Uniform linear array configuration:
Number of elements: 16
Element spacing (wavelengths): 1
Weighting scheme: hann
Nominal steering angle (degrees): -15
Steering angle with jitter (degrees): -16.172
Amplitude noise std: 0.05
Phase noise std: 0.05

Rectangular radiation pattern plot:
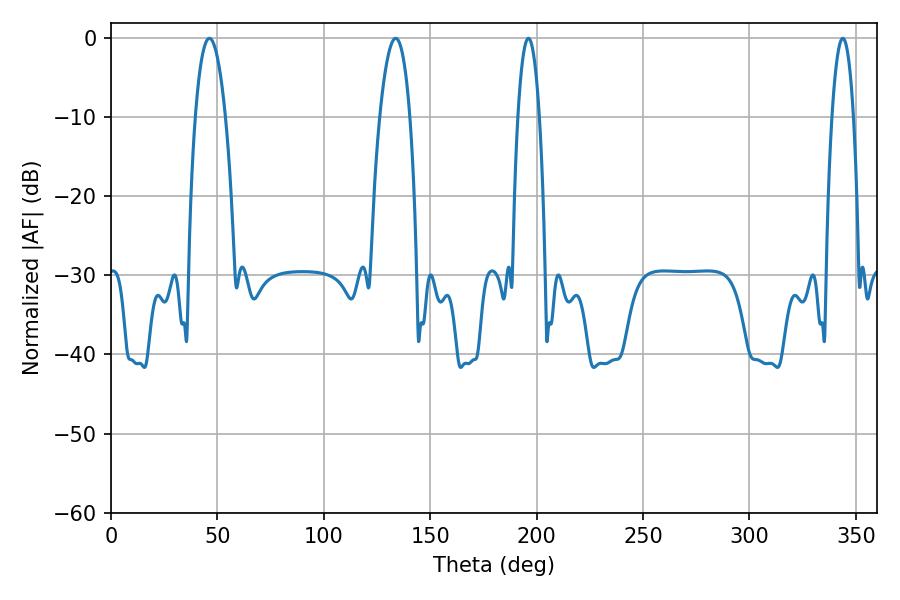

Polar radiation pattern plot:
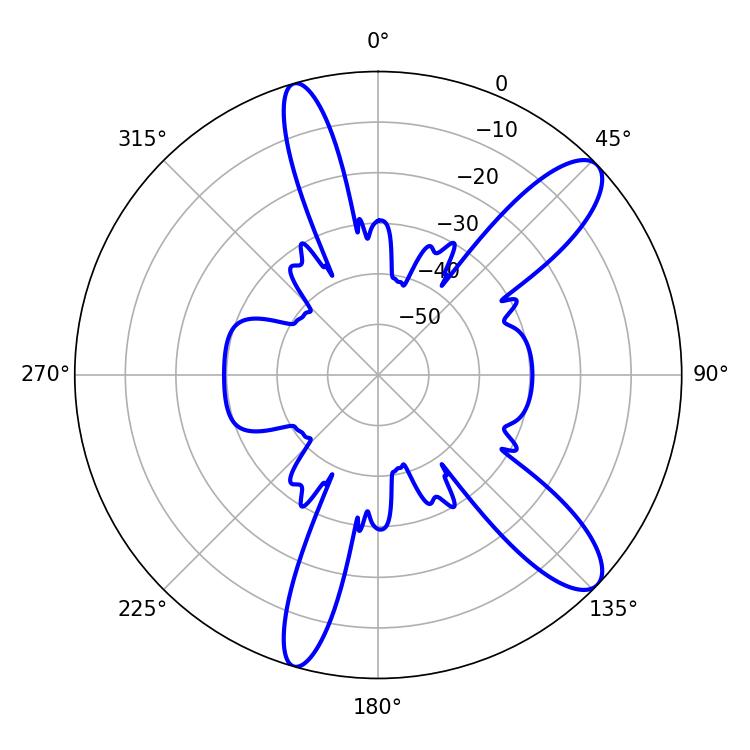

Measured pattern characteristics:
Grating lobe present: TRUE
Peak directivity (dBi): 11.126
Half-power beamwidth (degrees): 7.92
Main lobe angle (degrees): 46.26